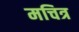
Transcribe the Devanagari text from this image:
मचित्र